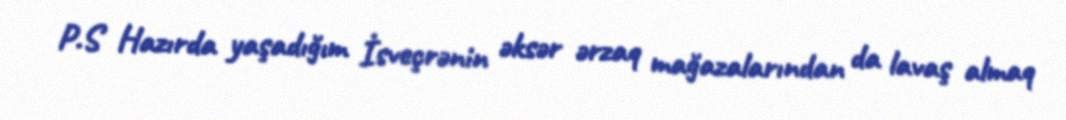
P.S Hazırda yaşadığım İsveçrənin əksər ərzaq mağazalarından da lavaş almaq